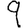
Digit: 9